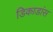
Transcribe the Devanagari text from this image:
डिकाडांस